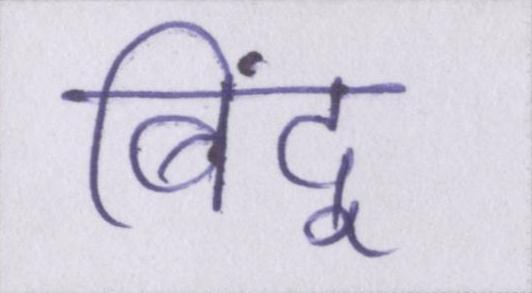
बिंदू